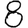
Digit: 8